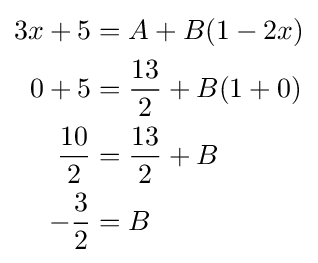
{\begin{aligned}3x+5&=A+B(1-2x)\\0+5&={\frac {13}{2}}+B(1+0)\\{\frac {10}{2}}&={\frac {13}{2}}+B\\-{\frac {3}{2}}&=B\\\end{aligned}}